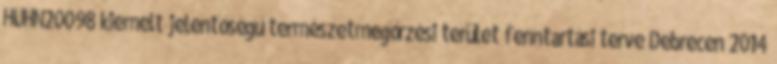
HUHN20098 kiemelt jelentőségű természetmegőrzési terület fenntartási terve Debrecen 2014